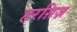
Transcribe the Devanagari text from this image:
हरग़िज़